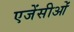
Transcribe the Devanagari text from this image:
एजेंसीओं